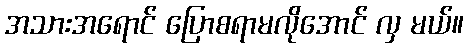
အသားအရောင် ပြောစရာမလိုအောင် လှ မယ်။